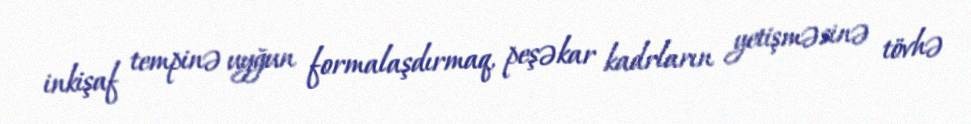
inkişaf tempinə uyğun formalaşdırmaq, peşəkar kadrların yetişməsinə tövhə